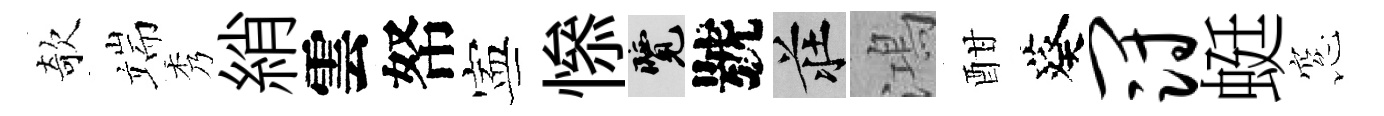
欹端秀綃雲帑寕𢡖覽號莊鴻酣葵冠蜓窓